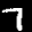
Label: 7